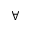
\forall